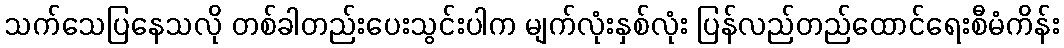
သက်သေပြနေသလို တစ်ခါတည်းပေးသွင်းပါက မျက်လုံးနှစ်လုံး ပြန်လည်တည်ထောင်ရေးစီမံကိန်း